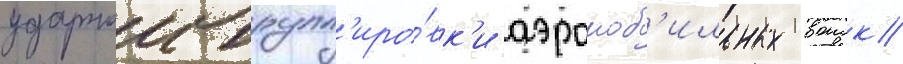
ударнои групп'иро́вк'и аэромоб'ильных воиск